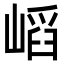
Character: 𡺫